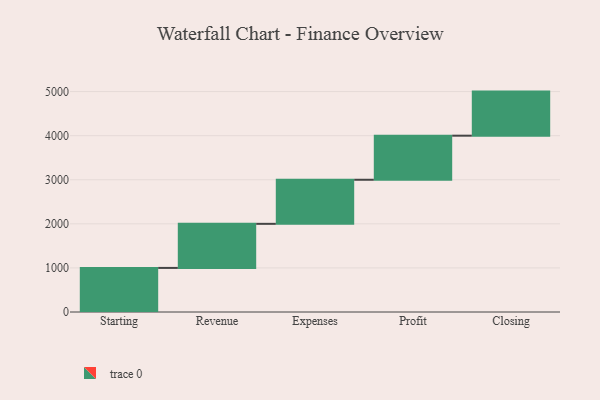
{"axis": {"x": "Step", "y": "Value"}, "legend": [""], "data": [{"x": "Starting", "y": 1000, "type": ""}, {"x": "Revenue", "y": 1000, "type": ""}, {"x": "Expenses", "y": 1000, "type": ""}, {"x": "Profit", "y": 1000, "type": ""}, {"x": "Closing", "y": 1000, "type": ""}]}